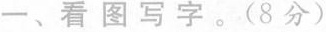
一、看图写字。(8分)